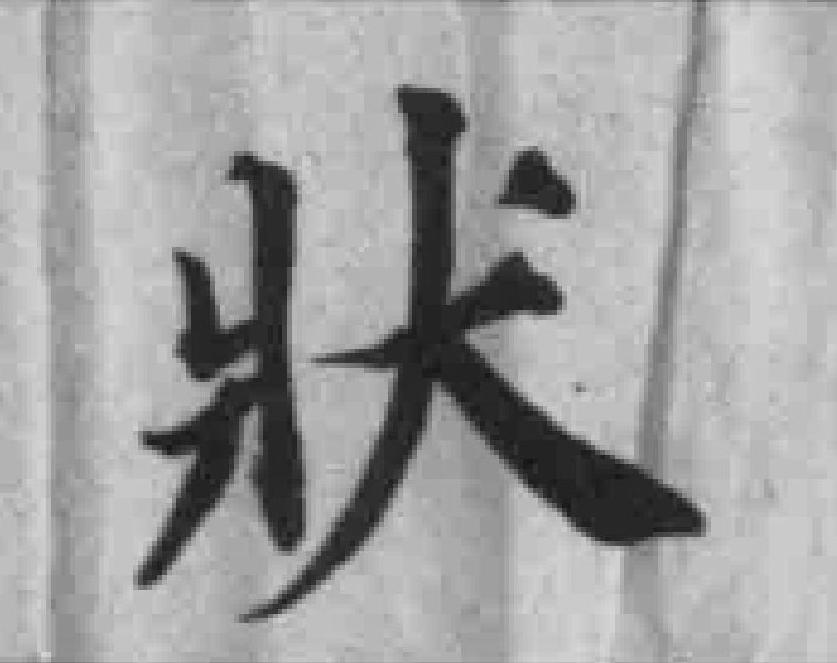
狀